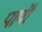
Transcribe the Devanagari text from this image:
पापॊं